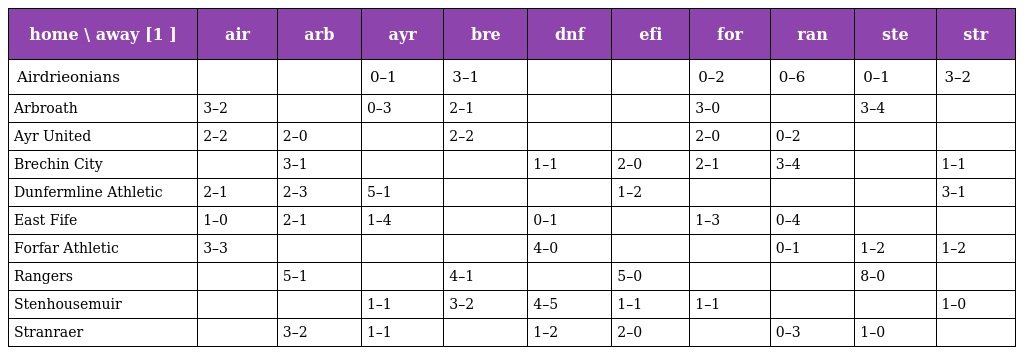
| home \ away [1 ] | air | arb | ayr | bre | dnf | efi | for | ran | ste | str |
 | --- | --- | --- | --- | --- | --- | --- | --- | --- | --- | --- |
 | Airdrieonians |  |  | 0–1 | 3–1 |  |  | 0–2 | 0–6 | 0–1 | 3–2 |
 | Arbroath | 3–2 |  | 0–3 | 2–1 |  |  | 3–0 |  | 3–4 |  |
 | Ayr United | 2–2 | 2–0 |  | 2–2 |  |  | 2–0 | 0–2 |  |  |
 | Brechin City |  | 3–1 |  |  | 1–1 | 2–0 | 2–1 | 3–4 |  | 1–1 |
 | Dunfermline Athletic | 2–1 | 2–3 | 5–1 |  |  | 1–2 |  |  |  | 3–1 |
 | East Fife | 1–0 | 2–1 | 1–4 |  | 0–1 |  | 1–3 | 0–4 |  |  |
 | Forfar Athletic | 3–3 |  |  |  | 4–0 |  |  | 0–1 | 1–2 | 1–2 |
 | Rangers |  | 5–1 |  | 4–1 |  | 5–0 |  |  | 8–0 |  |
 | Stenhousemuir |  |  | 1–1 | 3–2 | 4–5 | 1–1 | 1–1 |  |  | 1–0 |
 | Stranraer |  | 3–2 | 1–1 |  | 1–2 | 2–0 |  | 0–3 | 1–0 |  |